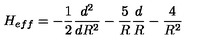
H _ { e f f } = - \frac { 1 } { 2 } \frac { d ^ { 2 } } { d R ^ { 2 } } - \frac { 5 } { R } \frac { d } { R } - \frac { 4 } { R ^ { 2 } }